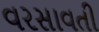
વરસાવતી